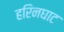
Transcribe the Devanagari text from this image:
हरिनघाट